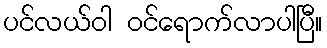
ပင်လယ်ဝါ ဝင်ရောက်လာပါပြီ။